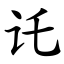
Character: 讬